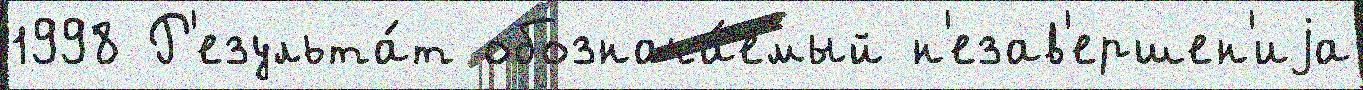
1998 Р'езульта́т обознача́емый н'езав'ершен'иjа